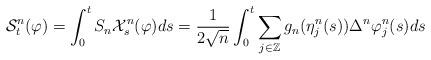
LaTeX: \begin{align*}\begin{aligned}\mathcal{S}^n_t (\varphi) = \int_0^t S_n \mathcal{X}^n_s (\varphi ) ds = \frac{1}{ 2\sqrt{n} } \int_0^t \sum_{ j \in \mathbb{Z} } g_n (\eta^n_j (s) ) \Delta^n \varphi^n_j (s) ds\end{aligned}\end{align*}